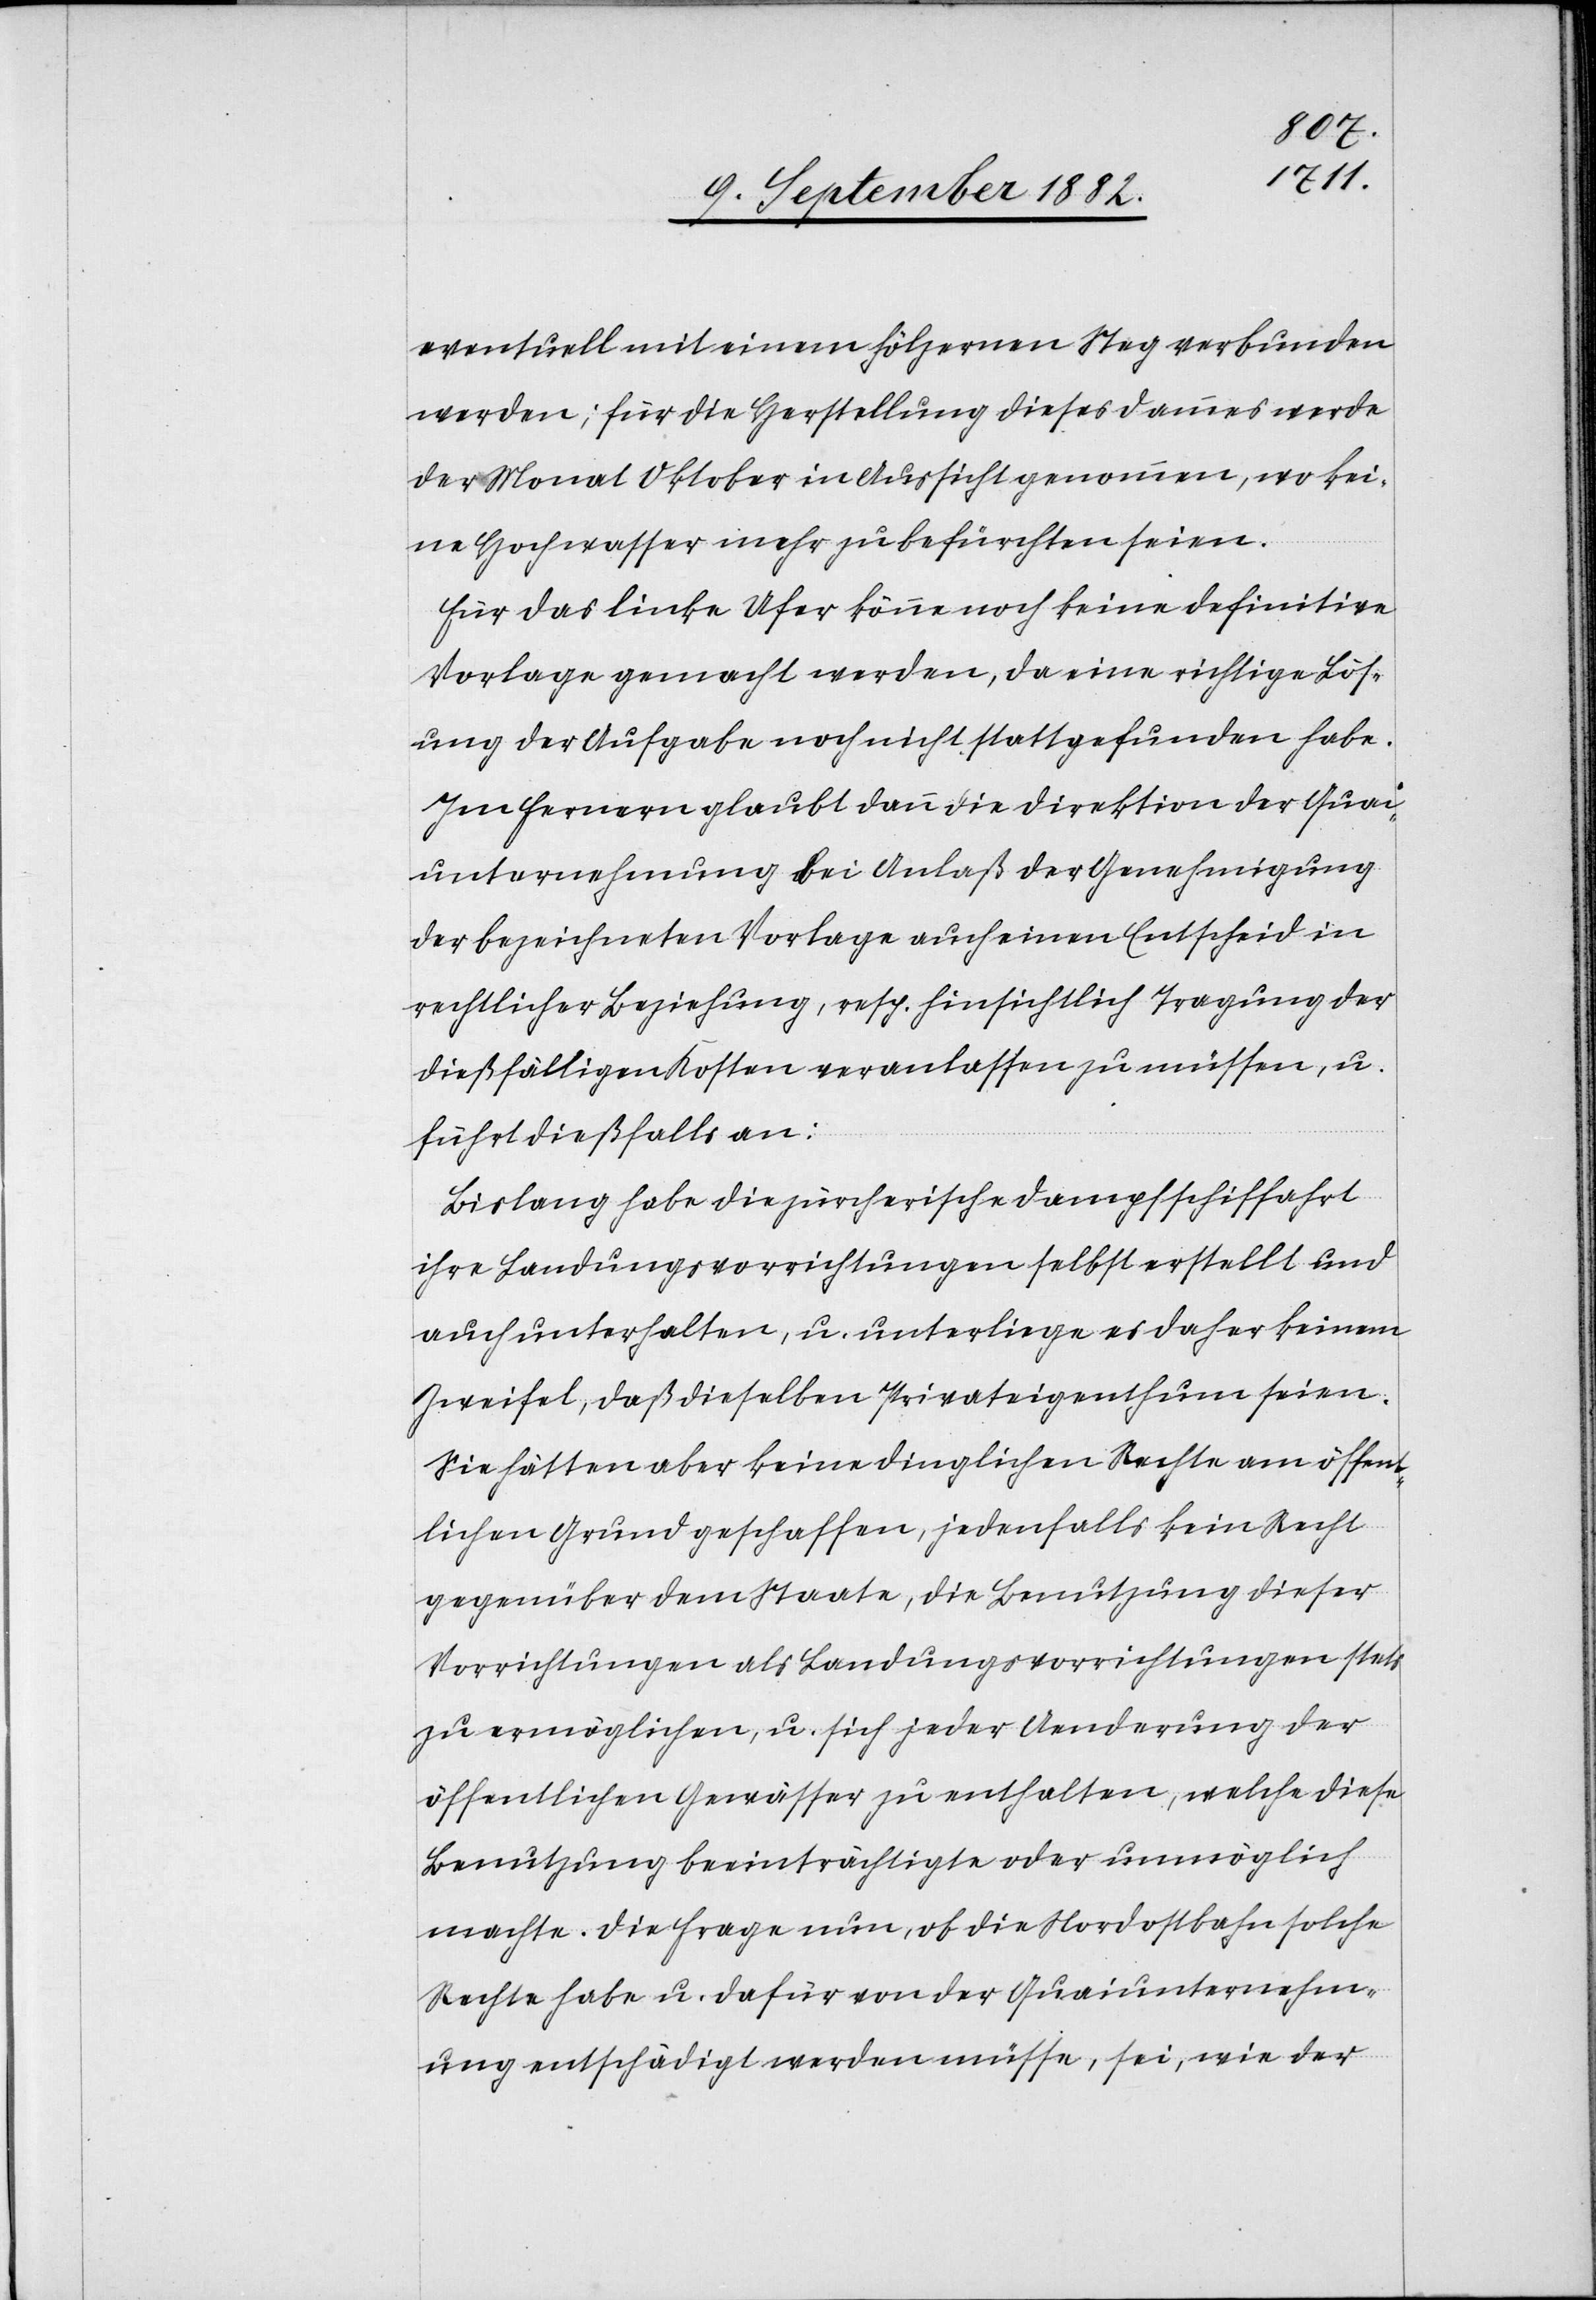
eventuell mit einem hölzernen Steg verbunden
werden; für die Herstellung dieses Dammes werde
der Monat Oktober in Aussicht genommen, wo kei¬
ne Hochwasser mehr zu befürchten seien.
Für das linke Ufer könne noch keine definitive
Vorlage gemacht werden, da eine richtige Lös¬
ung der Aufgabe noch nicht stattgefunden habe.
Im Fernern glaubt dann die Direktion der Quai¬
unternehmung, bei Anlaß der Genehmigung
der bezeichneten Vorlage auch einen Entscheid in
rechtlicher Beziehung, resp. hinsichtlich Tragung der
dießfälligen Kosten veranlassen zu müssen, u.
führt dießfalls an:
Bislang habe die zürcherische Dampfschiffahrt
ihre Landungsvorrichtungen selbst erstellt und
auch unterhalten, u. unterliege es daher keinem
Zweifel, daß dieselben Privateigenthum seien.
Sie hätten aber keine dinglichen Rechte am öffent¬
lichen Grund geschaffen, jedenfalls kein Recht
gegenüber dem Staate, die Benutzung dieser
Vorrichtungen als Landungsvorrichtungen stets
zu ermöglichen, u. sich jeder Aenderung der
öffentlichen Gewässer zu enthalten, welche diese
Benutzung beeinträchtigte oder unmöglich
machte. Die Frage nun, ob die Nordostbahn solche
Rechte habe u. dafür von der Quaiunternehm¬
ung entschädigt werden müsse, sei, wie der